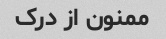
ممنون از درک